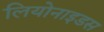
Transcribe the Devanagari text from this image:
लियोनाइडस